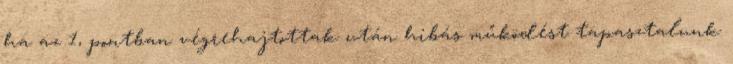
ha az 1, pontban végrehajtottak után hibás működést tapasztalunk